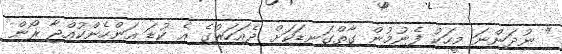
" ނުދަންނަ މީހަކު ފެނުމުން ގާތްގަނޑަކަށް ދެއަހަރުގެ އެ ކުޑަ އަންހެންކުއްޖާ ރޯން